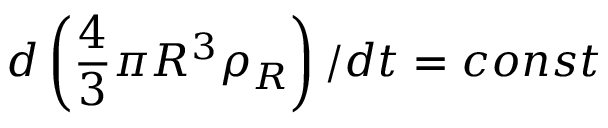
d \left( \frac { 4 } { 3 } \pi R ^ { 3 } \rho _ { R } \right) / d t = c o n s t